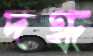
দগ্ধ